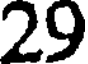
29